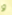
و